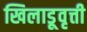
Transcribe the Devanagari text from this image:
खिलाडूवृत्ती